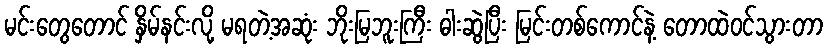
မင်းတွေတောင် နှိမ်နင်းလို့ မရတဲ့အဆုံး ဘိုးမြဘူးကြီး ဓါးဆွဲပြီး မြင်းတစ်ကောင်နဲ့ တောထဲဝင်သွားတာ